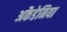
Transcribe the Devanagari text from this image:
अकैडेमिया